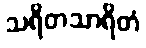
သရိတသာရိတံ